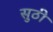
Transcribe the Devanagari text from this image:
सुठी